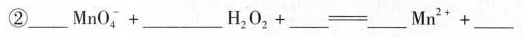
② $$___ M n O _ { 4 } ^ { - } + ___ H _ { 2 } O _ { 2 } + ___ = ___ M n ^ { 2 + } + ___